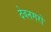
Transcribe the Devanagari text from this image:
देवनगरों